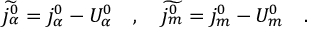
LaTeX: \widetilde { j _ { \alpha } ^ { 0 } } = j _ { \alpha } ^ { 0 } - U _ { \alpha } ^ { 0 } \quad , \quad \widetilde { j _ { m } ^ { 0 } } = j _ { m } ^ { 0 } - U _ { m } ^ { 0 } \quad .